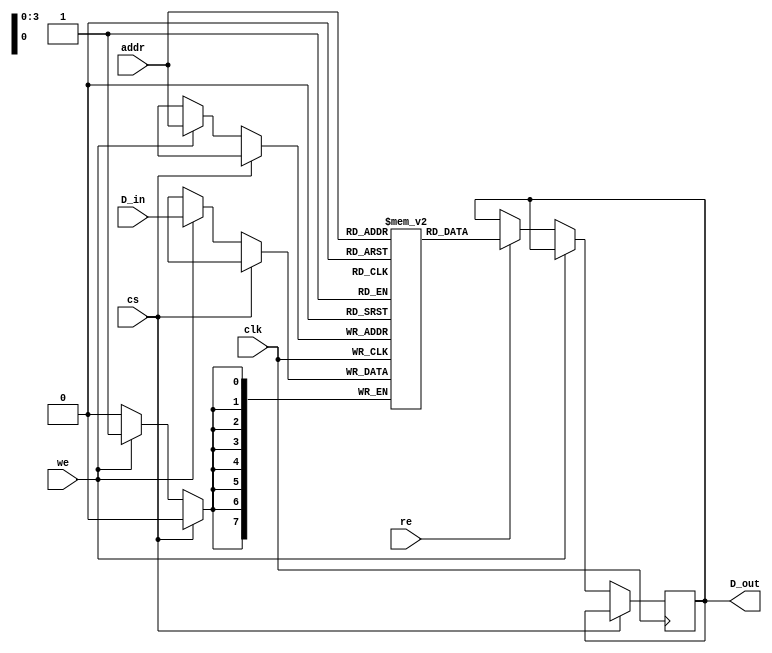
module embedded_sram #(
    parameter N = 16, // Number of memory words
    parameter M = 8    // Number of bits per word
) (
    input wire clk,           // Clock signal
    input wire cs,            // Chip Select
    input wire we,            // Write Enable
    input wire re,            // Read Enable
    input wire [log2(N)-1:0] addr, // Address input
    input wire [M-1:0] D_in,  // Data input
    output reg [M-1:0] D_out   // Data output
);

    // Memory array declaration
    reg [M-1:0] memory [0:N-1];

    // Address decoding and read/write operations
    always @(posedge clk) begin
        if (!cs) begin // If chip is enabled
            if (we) begin
                // Write operation
                memory[addr] <= D_in;
            end else if (re) begin
                // Read operation
                D_out <= memory[addr];
            end
        end
    end

    // Function to calculate log2
    function integer log2;
        input integer value;
        begin
            log2 = 0;
            while (2**log2 < value) begin
                log2 = log2 + 1;
            end
        end
    endfunction

endmodule